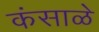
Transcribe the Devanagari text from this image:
कंसाळे